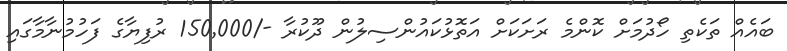
ބައެއް ތަކެތި ހޯދުމަށް ކޮންމެ ރަށަކަށް އަތޮޅުކައުންސިލުން ދޫކުރާ -/150